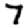
Digit: 7